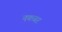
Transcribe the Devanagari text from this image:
नकबर